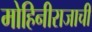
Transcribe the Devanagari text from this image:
मोहिनीराजाची